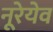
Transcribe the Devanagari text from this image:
नूरेयेव